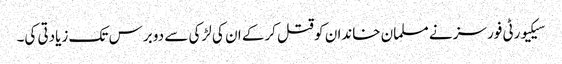
سیکیورٹی فورسز نے مسلمان خاندان کو قتل کرکے ان کی لڑکی سے دو برس تک زیادتی کی۔